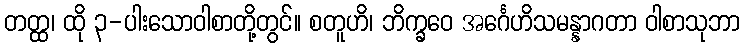
တတ္ထ၊ ထို ၃-ပါးသောဝါစာတို့တွင်။ စတူဟိ၊ ဘိက္ခဝေ အင်္ဂေဟိသမန္နာဂတာ ဝါစာသုဘာ